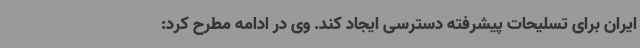
ایران برای تسلیحات پیشرفته دسترسی ایجاد کند. وی در ادامه مطرح کرد: